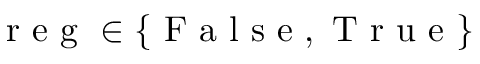
\mathrm { ~ r ~ e ~ g ~ } \in \{ \mathrm { ~ F ~ a ~ l ~ s ~ e ~ } , \mathrm { ~ T ~ r ~ u ~ e ~ } \}